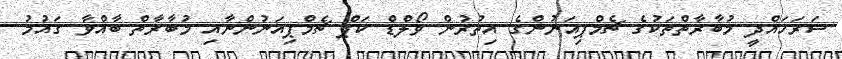
ސަރަހައްދީ މުބާރާތްތަކުގެ ޗެމްޕިއަނުންގެ އިތުރުން ވޯލްޑް ކަޕް ޗެމްޕިއަނުންނާއި މުބާރާތް ބާއްވާ ގައުމު